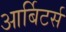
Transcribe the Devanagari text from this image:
आर्बिटर्स